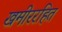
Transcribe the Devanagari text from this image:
खमीररहित